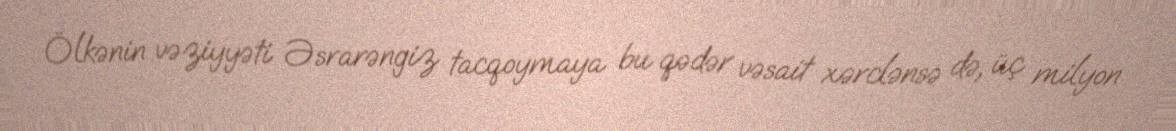
Ölkənin vəziyyəti Əsrarəngiz tacqoymaya bu qədər vəsait xərclənsə də, üç milyon